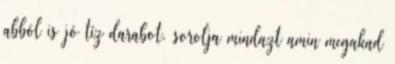
abból is jó tíz darabot. sorolja mindazt amin megakad